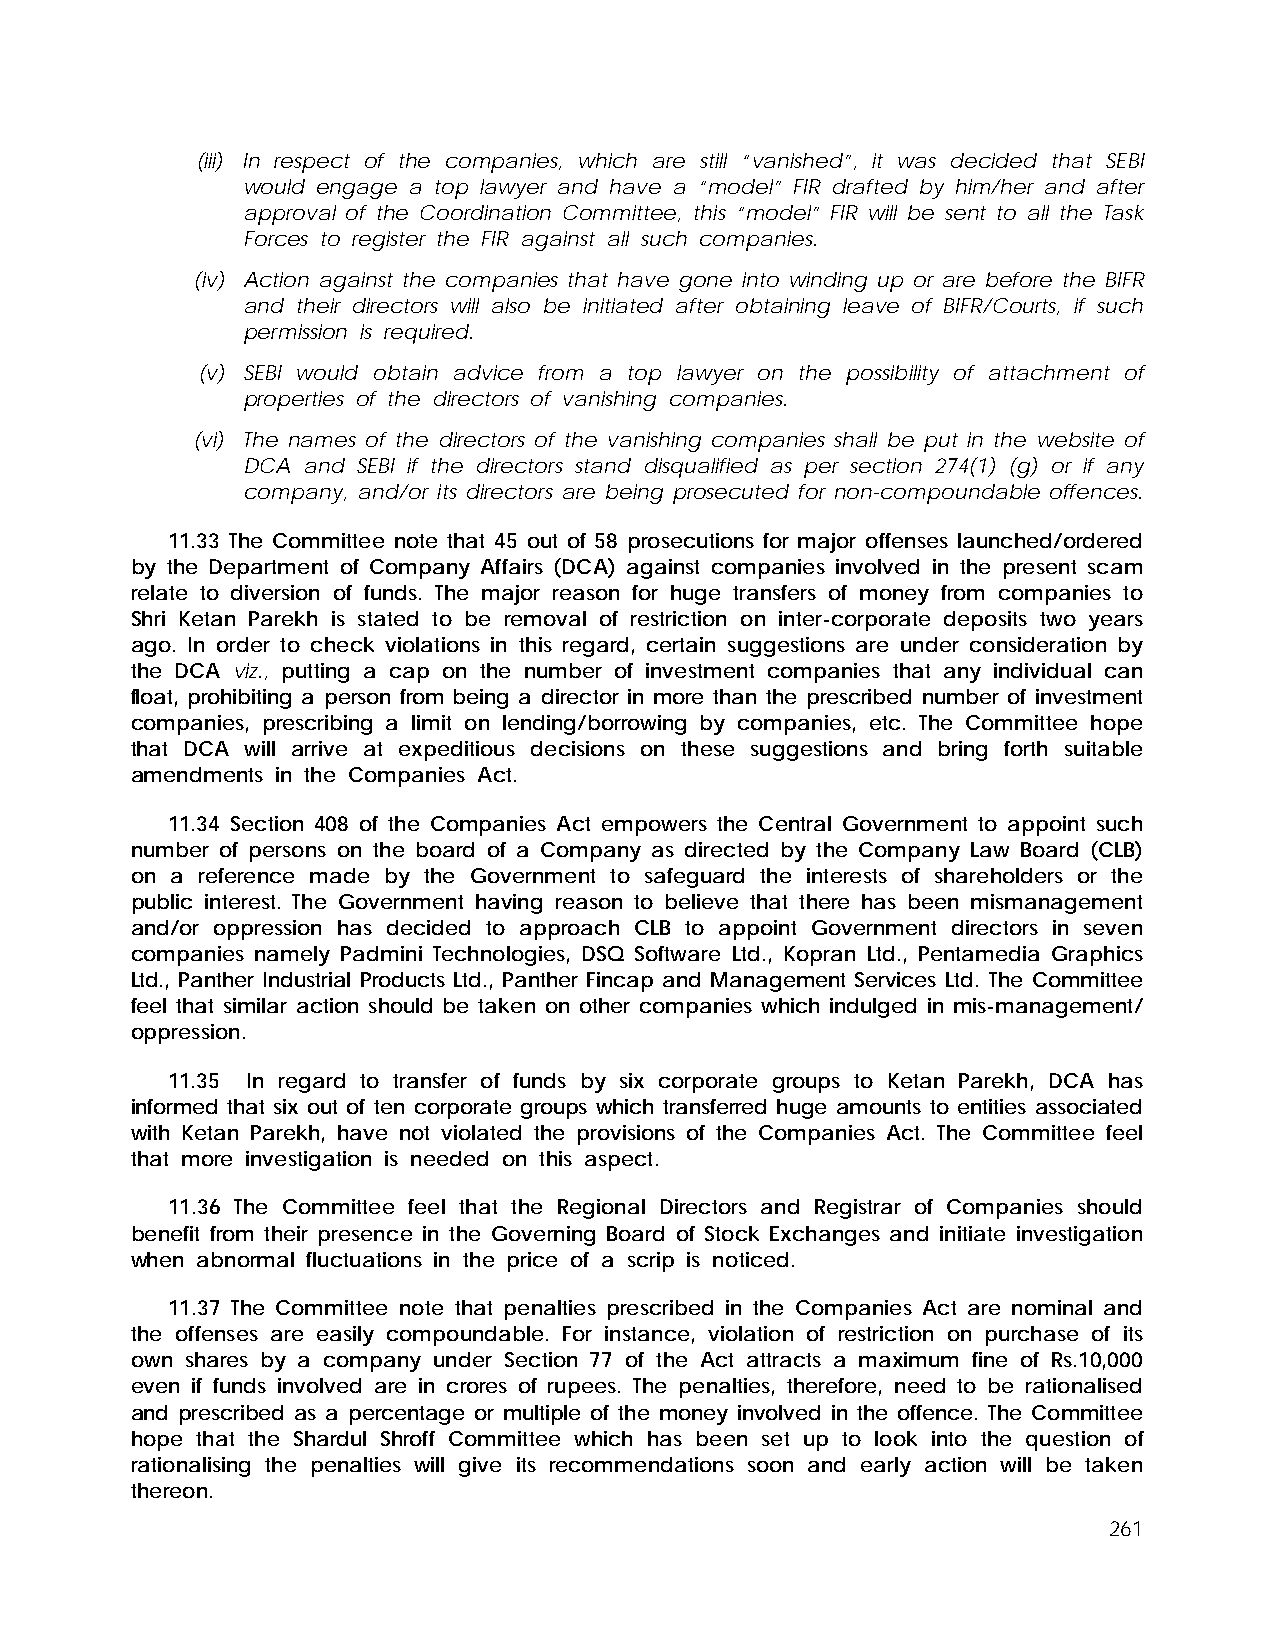
(iii) In respect of the companies, which are still “vanished”, it was decided that SEBI
 would engage a top lawyer and have a “model” FIR drafted by him/her and after
 approval of the Coordination Committee, this “model” FIR will be sent to all the Task
 Forces to register the FIR against all such companies.
 (iv) Action against the companies that have gone into winding up or are before the BIFR
 and their directors will also be initiated after obtaining leave of BIFR/Courts, if such
 permission is required.
 (v) SEBI would obtain advice from a top lawyer on the possibility of attachment of
 properties of the directors of vanishing companies.
 (vi) The names of the directors of the vanishing companies shall be put in the website of
 DCA and SEBI if the directors stand disqualified as per section 274(1) (g) or if any
 company, and/or its directors are being prosecuted for non-compoundable offences.
 11.33 The Committee note that 45 out of 58 prosecutions for major offenses launched/ordered
 by the Department of Company Affairs (DCA) against companies involved in the present scam
 relate to diversion of funds. The major reason for huge transfers of money from companies to
 Shri Ketan Parekh is stated to be removal of restriction on inter-corporate deposits two years
 ago. In order to check violations in this regard, certain suggestions are under consideration by
 the DCA viz., putting a cap on the number of investment companies that any individual can
 float, prohibiting a person from being a director in more than the prescribed number of investment
 companies, prescribing a limit on lending/borrowing by companies, etc. The Committee hope
 that DCA will arrive at expeditious decisions on these suggestions and bring forth suitable
 amendments in the Companies Act.
 11.34 Section 408 of the Companies Act empowers the Central Government to appoint such
 number of persons on the board of a Company as directed by the Company Law Board (CLB)
 on a reference made by the Government to safeguard the interests of shareholders or the
 public interest. The Government having reason to believe that there has been mismanagement
 and/or oppression has decided to approach CLB to appoint Government directors in seven
 companies namely Padmini Technologies, DSQ Software Ltd., Kopran Ltd., Pentamedia Graphics
 Ltd., Panther Industrial Products Ltd., Panther Fincap and Management Services Ltd. The Committee
 feel that similar action should be taken on other companies which indulged in mis-management/
 oppression.
 11.35 In regard to transfer of funds by six corporate groups to Ketan Parekh, DCA has
 informed that six out of ten corporate groups which transferred huge amounts to entities associated
 with Ketan Parekh, have not violated the provisions of the Companies Act. The Committee feel
 that more investigation is needed on this aspect.
 11.36 The Committee feel that the Regional Directors and Registrar of Companies should
 benefit from their presence in the Governing Board of Stock Exchanges and initiate investigation
 when abnormal fluctuations in the price of a scrip is noticed.
 11.37 The Committee note that penalties prescribed in the Companies Act are nominal and
 the offenses are easily compoundable. For instance, violation of restriction on purchase of its
 own shares by a company under Section 77 of the Act attracts a maximum fine of Rs.10,000
 even if funds involved are in crores of rupees. The penalties, therefore, need to be rationalised
 and prescribed as a percentage or multiple of the money involved in the offence. The Committee
 hope that the Shardul Shroff Committee which has been set up to look into the question of
 rationalising the penalties will give its recommendations soon and early action will be taken
 thereon.
 261